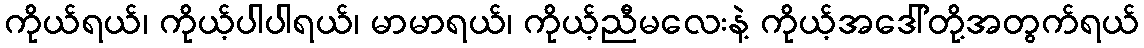
ကိုယ်ရယ်၊ ကိုယ့်ပါပါရယ်၊ မာမာရယ်၊ ကိုယ့်ညီမလေးနဲ့ ကိုယ့်အဒေါ်တို့အတွက်ရယ်